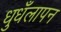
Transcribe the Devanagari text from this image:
धुधँलापन